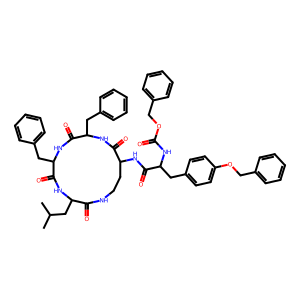
SMILES: CC(C)CC1NC(=O)C(Cc2ccccc2)NC(=O)C(Cc2ccccc2)NC(=O)C(NC(=O)C(Cc2ccc(OCc3ccccc3)cc2)NC(=O)OCc2ccccc2)CCNC1=O
Inhibits HIV replication: No